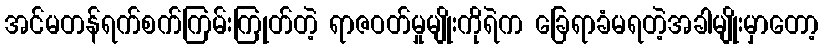
အင်မတန်ရက်စက်ကြမ်းကြုတ်တဲ့ ရာဇဝတ်မှုမျိုးကိုရဲက ခြေရာခံမရတဲ့အခါမျိုးမှာတော့